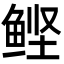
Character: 鲣